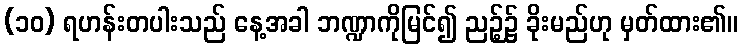
(၁၀) ရဟန်းတပါးသည် နေ့အခါ ဘဏ္ဍာကိုမြင်၍ ညဉ့်၌ ခိုးမည်ဟု မှတ်ထား၏။